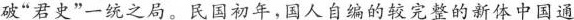
破”君史”一统之局。民国初年，国人自编的较完整的新体中国通